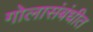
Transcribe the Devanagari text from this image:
गोलासंबंधीत